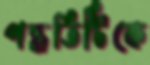
পদ্ধতিটিকে